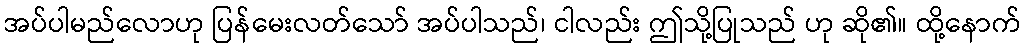
အပ်ပါမည်လောဟု ပြန်မေးလတ်သော် အပ်ပါသည်၊ ငါလည်း ဤသို့ပြုသည် ဟု ဆို၏။ ထို့နောက်